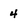
Character: 4